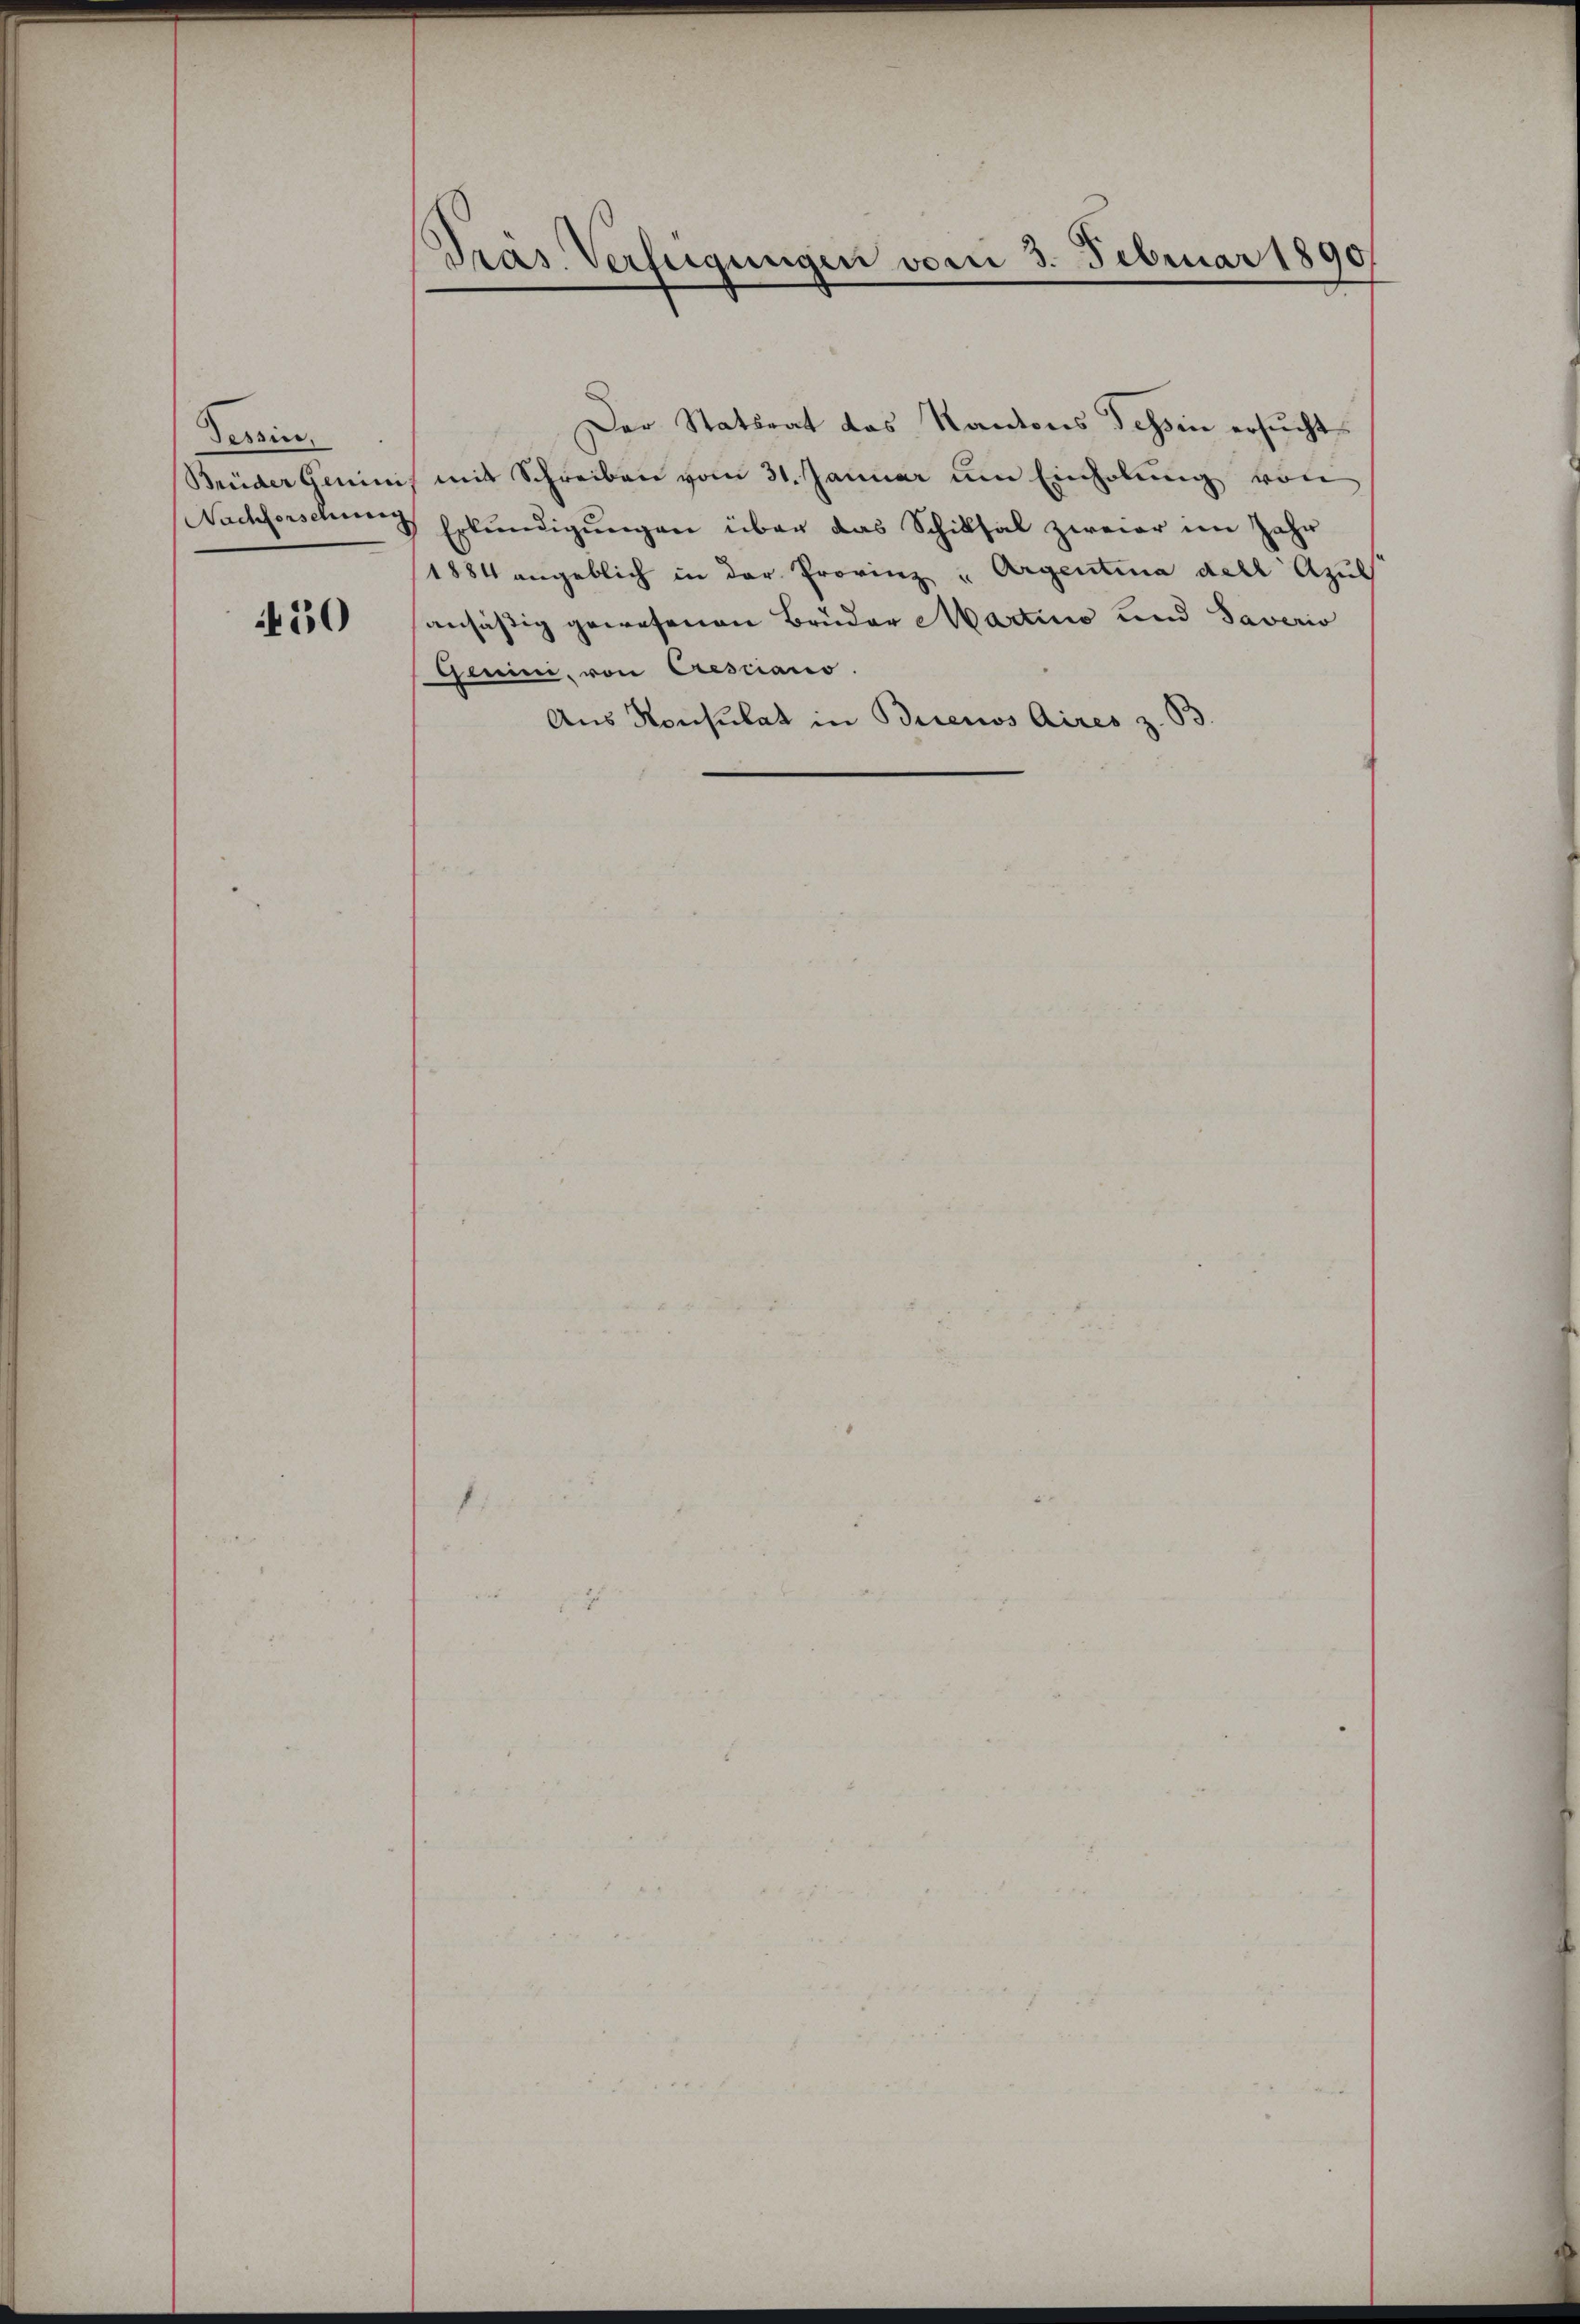
Tessin.
Brüder Genici
Nachforschung

50

Präs. Verfügungen vom 3. Februar 1890

Der Statsrat das Kantons dessen ersucht,
mit Schreiben vom 31. Januar um Einholung von
Erkundigungen über das Schiksal zweier im Jahr
1884 angeblich in der Provinz " Argentina dell Apul
ansäßig gewesenen Brüder Martino und Saverio
Genini, von Cresciano.
Aus Konsulat in Buenos Aires z. B.